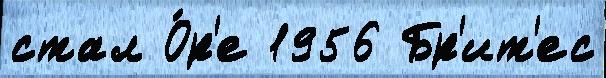
стал О́р'е 1956 Бр'ит'ес